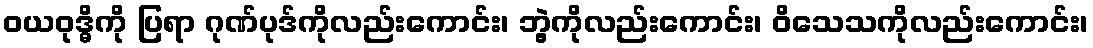
ဝယဝုဒ္ဓိကို ပြရာ ဂုဏ်ပုဒ်ကိုလည်းကောင်း၊ ဘွဲ့ကိုလည်းကောင်း၊ ဝိသေသကိုလည်းကောင်း၊